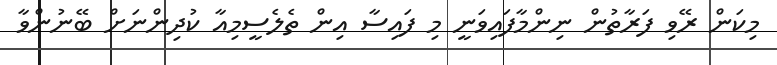
މިކަން ރޭވި ފަރާތުން ނިންމާފައިވަނީ މި ފައިސާ އިން ތެލެސީމިއާ ކުދިންނަށް ބޭނުންވާ